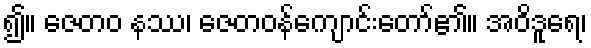
၍။ ဇေတဝ နဿ၊ ဇေတဝန်ကျောင်းတော်၏။ အဝိဒူရေ၊